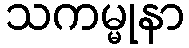
သကမ္မုနာ